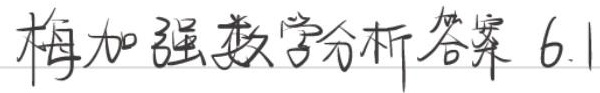
梅加强数学分析答案6.1